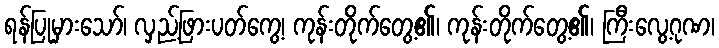
ရန်ပြုမှားသော်၊ လှည့်ဖြားပတ်ကွေ့၊ ကုန်းတိုက်တွေ့၏၊ ကုန်းတိုက်တွေ့၏၊ ကြီးလွေ့ဂုဏ၊